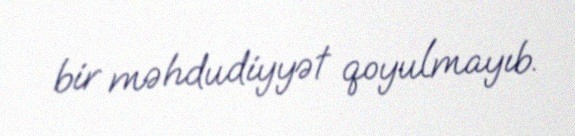
bir məhdudiyyət qoyulmayıb.